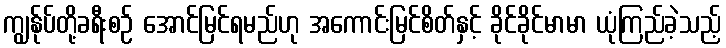
ကျွန်ုပ်တို့ခရီးစဉ် အောင်မြင်ရမည်ဟု အကောင်းမြင်စိတ်နှင့် ခိုင်ခိုင်မာမာ ယုံကြည်ခဲ့သည့်